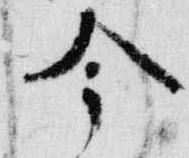
今